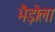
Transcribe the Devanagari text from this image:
भैड़ोला